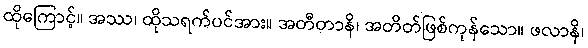
ထိုကြောင့်။ အဿ၊ ထိုသရက်ပင်အား။ အတီတာနိ၊ အတိတ်ဖြစ်ကုန်သော။ ဖလာနိ၊